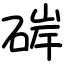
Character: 硸